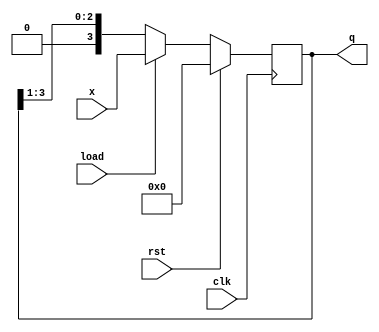
// 4 Bit PIPO Register

module pipo(clk,rst,x,q,load);

	input [3:0]x;
	input clk,rst,load;
	output reg [3:0] q;

always@(posedge clk)
begin
	if(rst)
		q<=4'b0;
	else
	begin	
		if(load)
			q<=x;
		else
			q<={1'b0,q[3:1]};
	end
end

endmodule